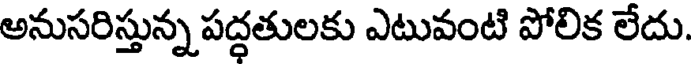
అనుసరిస్తున్న పద్ధతులకు ఎటువంటి పోలిక లేదు.